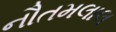
નૌતમલાલ